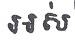
អស់